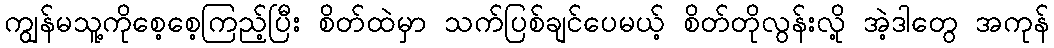
ကျွန်မသူ့ကိုစေ့စေ့ကြည့်ပြီး စိတ်ထဲမှာ သက်ပြစ်ချင်ပေမယ့် စိတ်တိုလွန်းလို့ အဲ့ဒါတွေ အကုန်